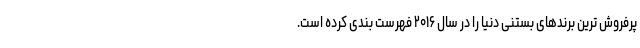
پرفروش ترین برندهای بستنی دنیا را در سال ۲۰۱۶ فهرست بندی کرده است.